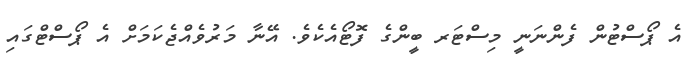
އެ ޕޯސްޓުން ފެންނަނީ މިސްޓަރ ބީންގެ ފޮޓޯއެކެވެ. އޭނާ މަރުވެއްޖެކަމަށް އެ ޕޯސްޓްގައި